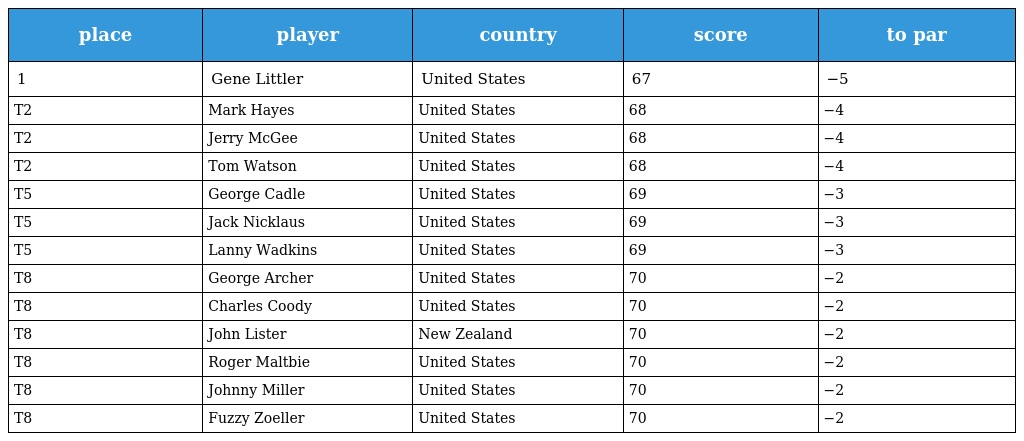
| place | player | country | score | to par |
 | --- | --- | --- | --- | --- |
 | 1 | Gene Littler | United States | 67 | −5 |
 | T2 | Mark Hayes | United States | 68 | −4 |
 | T2 | Jerry McGee | United States | 68 | −4 |
 | T2 | Tom Watson | United States | 68 | −4 |
 | T5 | George Cadle | United States | 69 | −3 |
 | T5 | Jack Nicklaus | United States | 69 | −3 |
 | T5 | Lanny Wadkins | United States | 69 | −3 |
 | T8 | George Archer | United States | 70 | −2 |
 | T8 | Charles Coody | United States | 70 | −2 |
 | T8 | John Lister | New Zealand | 70 | −2 |
 | T8 | Roger Maltbie | United States | 70 | −2 |
 | T8 | Johnny Miller | United States | 70 | −2 |
 | T8 | Fuzzy Zoeller | United States | 70 | −2 |